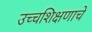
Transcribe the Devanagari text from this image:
उच्चशिक्षणाचे